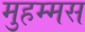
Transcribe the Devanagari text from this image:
मुहम्मस